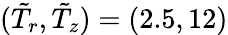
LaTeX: (\tilde{T}_{r},\tilde{T}_{z})=(2.5,12)